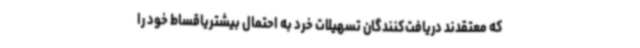
که معتقدند دریافت‌کنندگان تسهیلات خرد به احتمال بیشتریاقساط خود را